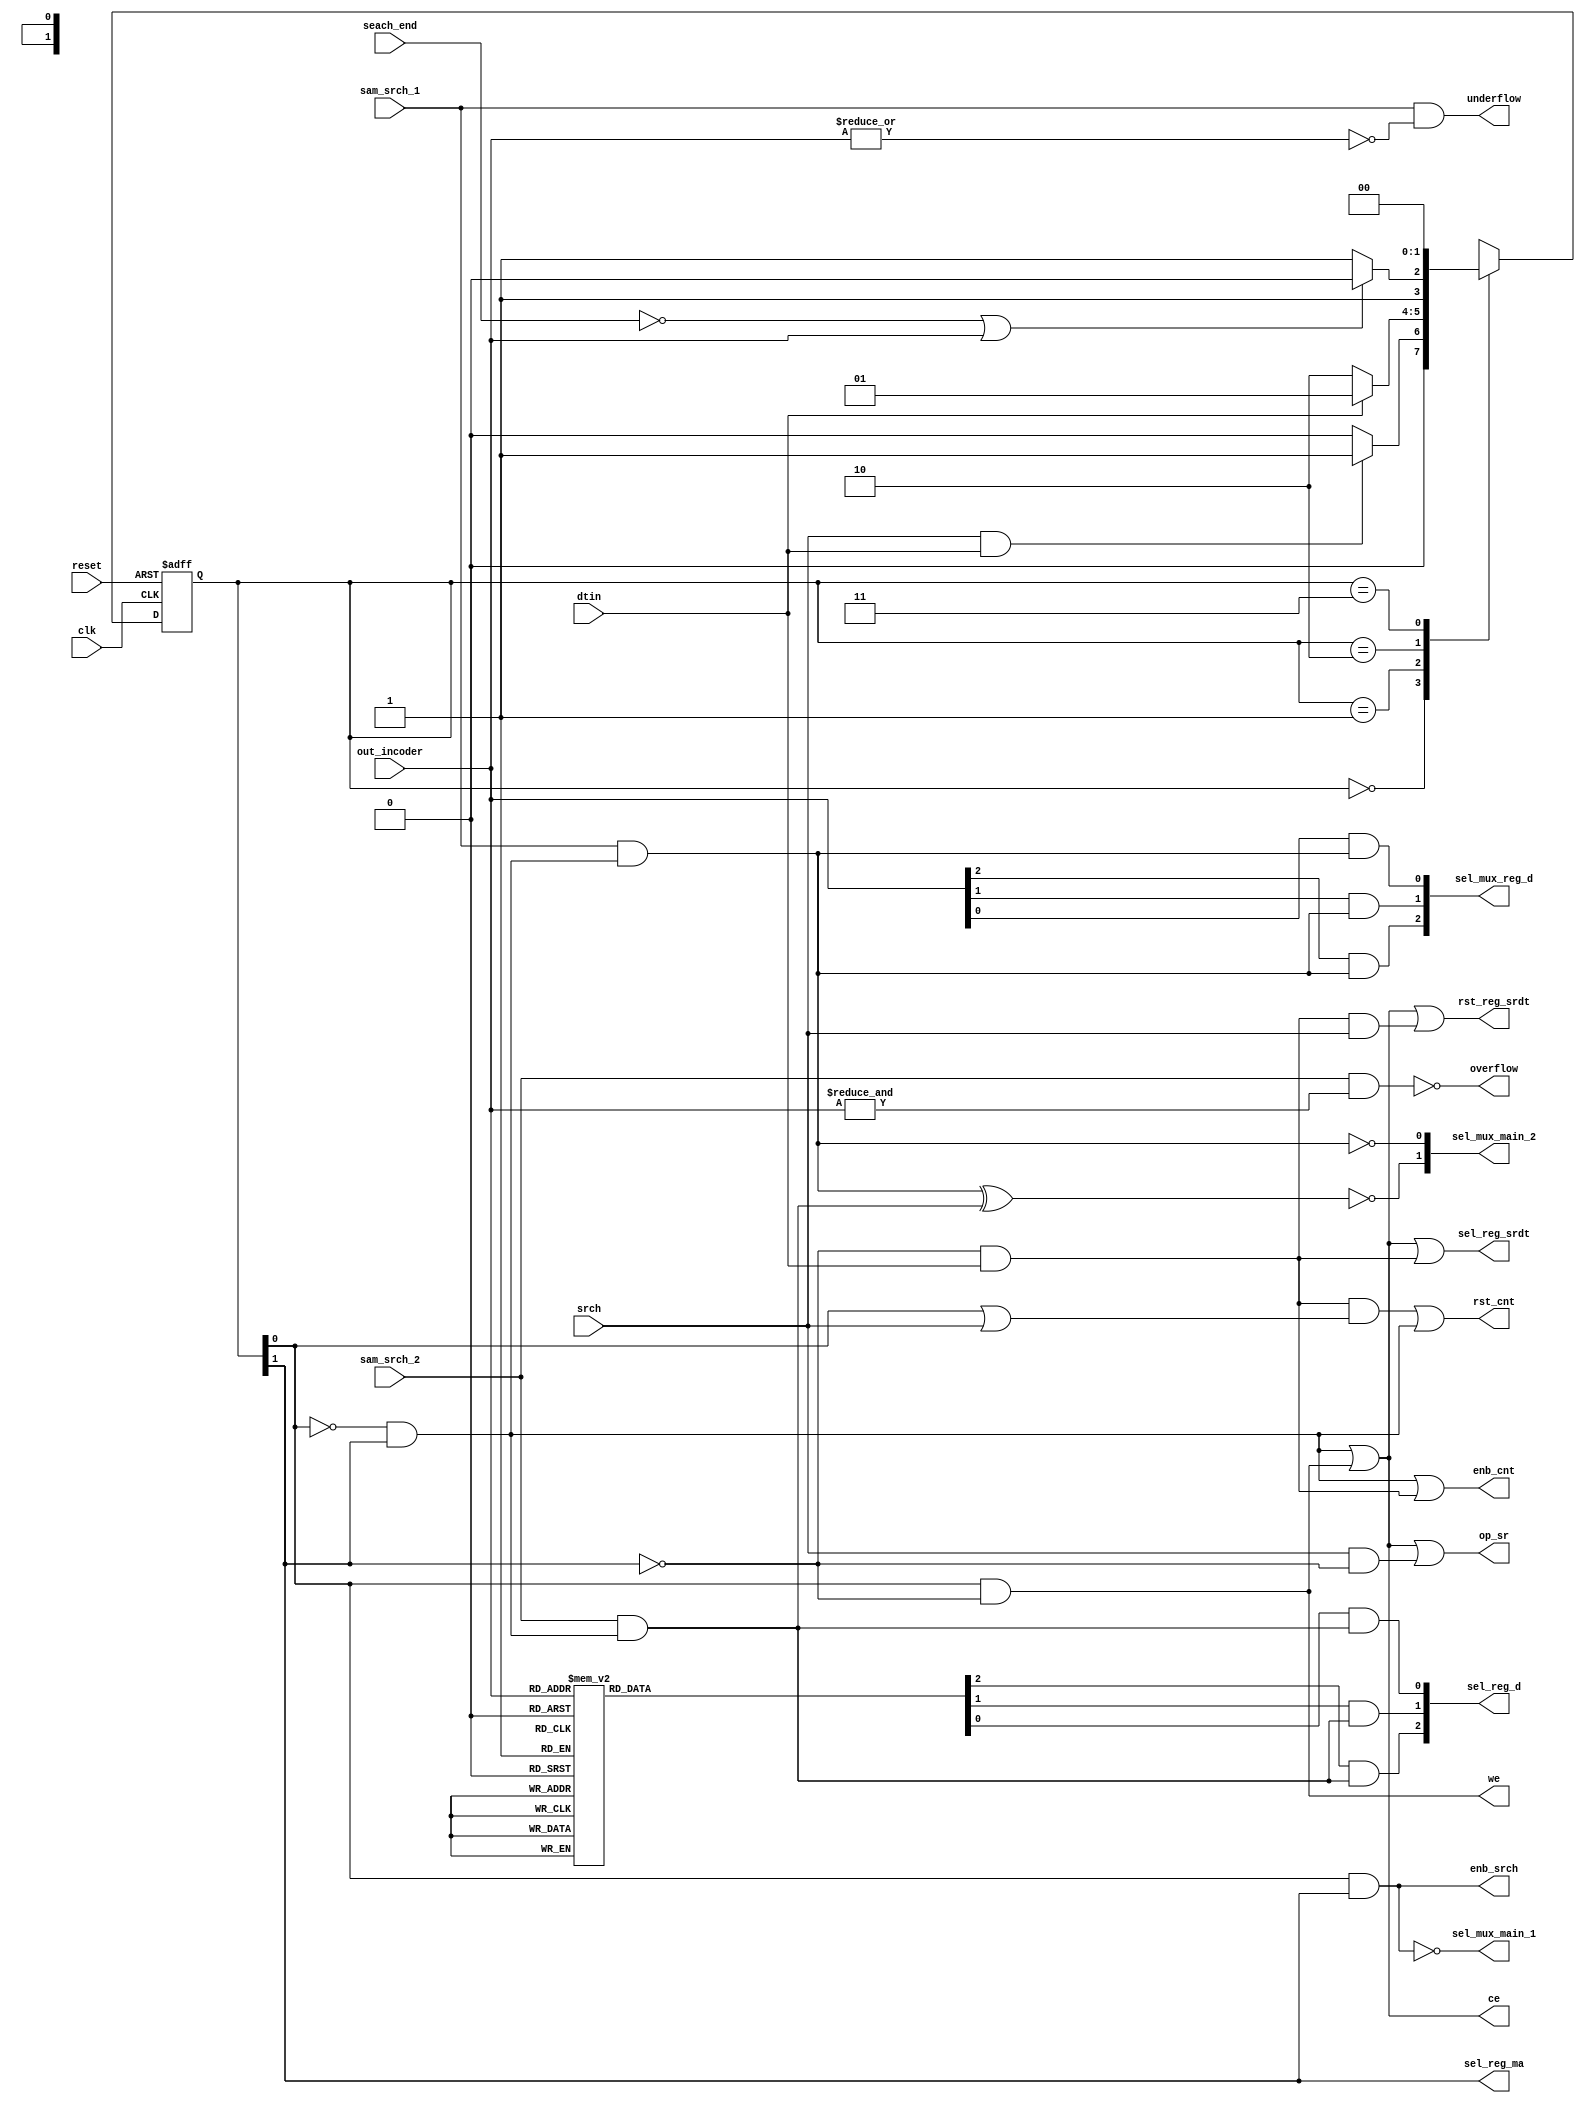
module Controlunit(
                        clk                 ,
                        enb_cnt             ,       //counter enble
                        rst_cnt             ,       //counter reset 
                        dtin                ,       //           
                        ce                  ,       //memory 
                        we                  ,       //memory /
                        sel_reg_ma          ,       //register maxad address select
                        enb_srch            ,       //1,2,3  enble
                        sel_mux_main_1      ,       
                        rst_reg_srdt        ,
                        sel_reg_srdt        ,
                        sel_mux_reg_d       ,
                        sel_reg_d           ,
                        reset               ,
                        srch                ,
                        sel_mux_main_2      ,
                        op_sr               ,
                        seach_end           ,
                        out_incoder         ,
                        overflow            ,
                        sam_srch_1          ,       //1 output
                        sam_srch_2          ,       //2 output
                        underflow
);
 
 
//Paramter
parameter             
                        S0=2'b00            , 
                        S1=2'b01            ,
                        S2=2'b10            ,
                        S3=2'b11
;


parameter             
                        R0=3'b000            , 
                        R1=3'b001            ,
                        R2=3'b010            ,
                        R3=3'b011            ,
                        R4=3'b100            ,
                        R5=3'b101            ,   
                        R6=3'b110            ,
                        R7=3'b111                             
;

//wire&reg    
input wire
                    clk                 ,
                    reset               ,
                    srch                ,
                    dtin                ,
                    sam_srch_1          ,
                    sam_srch_2          ,   
                    seach_end
; 

input wire [2:0]
                    out_incoder
;

reg [2:0]         
                    cmd_reg_in          ,
                    cmd_reg_out 
;
reg [1:0]           
                    ps                  ,
                    ns
;


output wire 
                    we                  ,       //memory /
                    ce                  ,       //   ,   ,    
                    sel_mux_main_1  ,
                    rst_reg_srdt        ,
                    rst_cnt             ,       //counter reset                
                    enb_cnt  , //counter enble
                    sel_reg_srdt        ,               
                    sel_reg_ma          ,       //register maxad address select
                    enb_srch                  // enble
        
;
output wire [2:0]       
                    sel_mux_reg_d       ,
                    sel_reg_d
;              
     
output wire [1:0]
                    sel_mux_main_2
;

output wire 
                    op_sr               ,
                    overflow            ,
                    underflow
;

wire [1:0] 
                    cmd_reg_d           ,
                    cmd_reg_d_0         ,
                    cmd_reg_d_1
;

wire
                    q                   ,
                    q1                  ,
                    q2                  ,
                    q3                  ,
                    q4                  ,
                    q5                  ,
                    ce_cmd_reg_d     
;

    
//logic
always @ (posedge clk, negedge reset)
    begin
        if (!reset)
            ps <= S3;
        else
            ps <= ns;
    end


//always @ (ps)
//    case(ps)
//        S0 :      
//            begin
//                ce               <= 1'b0 ;       //memory data 
//                we               <= 1'b0 ;       //memory data /
//                sel_reg_ma       <= 1'b0 ;       //register maxad address select
//                enb_srch         <= 1'b0 ;       // enble
//                sel_mux_main_1   <= 1'b1 ;
//                 ce_cmd_reg_d    <= 1'b0 ;                      
//                if(q1)
//                    ns        <=  S1     ;
//                else
//                    ns        <=  S0     ;
            
//               end
//        S1 : 
//            begin
//                ce              <= 1'b1  ;       //memory 
//                we              <= 1'b1  ;       //memory /
//                sel_reg_ma      <= 1'b0  ;       //register maxad address select
//                enb_srch        <= 1'b0  ;       // enble
//                sel_mux_main_1  <= 1'b1  ;
//                ce_cmd_reg_d    <= 1'b0  ;
//                if(dtin)
//                    begin
//                        ns      <= S1    ;                 
//                    end
//                else
//                    begin
//                        ns      <= S2    ;              
//                    end
//            end
//        S2 : 
//            begin
//                ce              <= 1'b1  ;       //memory data 
//                we              <= 1'b0  ;       //memory data /
//                sel_reg_ma      <= 1'b1  ;       //register maxad address select
//                enb_srch        <= 1'b0  ;       // enble
//                sel_mux_main_1  <= 1'b1  ;
//                ce_cmd_reg_d    <= 1'b1  ;
//                    if(q) 
//                        ns  <= S2        ;               
//                 else
//                        ns <= S3         ;

//            end
//        S3 : 
//            begin
//                ns              <= S0     ;
//                ce              <= 1'b0   ;       //memory data 
//                we              <= 1'b0   ;       //memory data /
//                sel_reg_ma      <= 1'b1   ;       //register maxad address select
//                enb_srch        <= 1'b1   ;       // enble
//                sel_mux_main_1  <= 1'b0   ;
//                ce_cmd_reg_d    <= 1'b0   ;
//            end
//    endcase

always @ (ps)
    case(ps)
        S0 :      
            begin
                if(q1)
                    ns <= S1 ;
                else
                    ns <= S0 ;
            end
        S1 : 
            begin
                if(dtin)
                    ns <= S1 ;                 

                else
                    ns <= S2 ;              
            end
        S2 : 
            begin
                if(q) 
                    ns <= S2 ;               
                 else
                    ns <= S3 ;

            end
        S3 : 
            begin
                ns <= S0 ;
            end
    endcase


assign      overflow = !( sam_srch_2 & ( &out_incoder ) );

assign      underflow = sam_srch_1 & ( !( |out_incoder ) ); 

assign      cmd_reg_d_0 = { sam_srch_1, sam_srch_2 };   

assign      q1 = srch & dtin ;

assign      q = (!seach_end)||out_incoder;

assign      cmd_reg_d [0] = cmd_reg_d_0 [0] & ce_cmd_reg_d ;
assign      cmd_reg_d [1] = cmd_reg_d_0 [1] & ce_cmd_reg_d ;

assign      sel_mux_main_2 [1] = ! ( cmd_reg_d [1] ^ cmd_reg_d[0] );
assign      sel_mux_main_2 [0] = ! cmd_reg_d [1] ;

assign      sel_mux_main_1 = !( (ps[0]) & (ps[1]) );

assign      enb_srch = ps[0] & ps[1] ;

assign      q2 = (!ps[1]) & dtin ;

assign      q4 = (!ps[0]) & ps[1] ;

assign      q5 = ps[0] & (!ps[1]) ;

assign      q3 = q4||q5 ;

assign      we = q5 ;

assign      enb_cnt = q4||q2    ;

assign      ce = q3 ;

assign      ce_cmd_reg_d = q4   ;  

assign      op_sr = q3||( srch & (!ps[1]) );

assign      rst_cnt = ( q2 & ( ps[0] || srch ) )|| q4 ;

assign      rst_reg_srdt  = q3 || ( ( q2 & srch ) );  

assign      sel_reg_srdt = q3 || q2 ;

assign      sel_reg_ma = ps[1] ;



//always@(*)
//    case(cmd_reg_d)
//        S0 :                                //00
//             begin
//                sel_reg_d <= 3'b000;
//                sel_mux_reg_d <= 3'b000;
//             end
//        S1 :                                //01
//             begin
//                sel_reg_d <= cmd_reg_in;
//                sel_mux_reg_d <= 3'b000;
//             end
//        S2 :                                //10
//            begin
//                sel_reg_d <= 3'b000;
//                sel_mux_reg_d <= cmd_reg_out;
//            end
//        S3 :                                //11
//            begin 
//                sel_reg_d <= cmd_reg_in;
//                sel_mux_reg_d <= cmd_reg_out; 
//            end
//    endcase

assign      sel_mux_reg_d [2] = out_incoder [2] & cmd_reg_d [1] ;
assign      sel_mux_reg_d [1] = out_incoder [1] & cmd_reg_d [1] ;
assign      sel_mux_reg_d [0] = out_incoder [0] & cmd_reg_d [1] ;

assign      sel_reg_d [2] = cmd_reg_in [2] & cmd_reg_d [0] ;
assign      sel_reg_d [1] = cmd_reg_in [1] & cmd_reg_d [0] ;
assign      sel_reg_d [0] = cmd_reg_in [0] & cmd_reg_d [0] ;

always@(*)
    case(out_incoder)
        R0 :
            begin 
                cmd_reg_in <= 3'b001 ;
            end
        R1 : 
            begin
                cmd_reg_in <= 3'b010 ;
            end
        R2 :
             begin
                cmd_reg_in <= 3'b011 ;
             end
        R3 : 
             begin
                cmd_reg_in <= 3'b100 ;
             end
        R4 :
             begin
                cmd_reg_in <= 3'b101 ;
             end
        R5 : 
             begin
                cmd_reg_in <= 3'b110 ;
             end
        R6 : 
            begin
                cmd_reg_in <= 3'b111 ;
            end
        R7 : 
            begin 
                cmd_reg_in <= 3'b000 ;     
            end
    endcase

endmodule